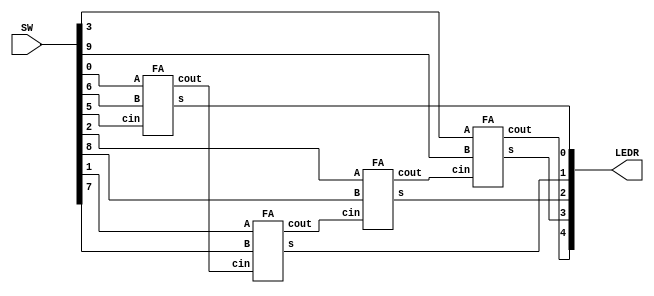
module adder(LEDR, SW);
	input [9:0] SW;
	output[9:0] LEDR;
	wire c1, c2, c3;
	FA one(.A(SW[0]),
		.B(SW[6]),
		.cin(SW[5]),
		.s(LEDR[0]),
		.cout(c1));
		
	FA two(.A(SW[1]),
		.B(SW[7]),
		.cin(c1),
		.s(LEDR[1]),
		.cout(c2));
	
	FA three(.A(SW[2]),
		.B(SW[8]),
		.cin(c2),
		.s(LEDR[2]),
		.cout(c3));
	
	FA four(.A(SW[3]),
		.B(SW[9]),
		.cin(c3),
		.s(LEDR[3]),
		.cout(LEDR[4]));
endmodule

module FA(A,B,cin,s,cout);
	input A,B,cin;
	output s,cout;
	assign s = A^B^cin;
	assign cout = (B & cin) | (A & cin) | (A & B);
endmodule